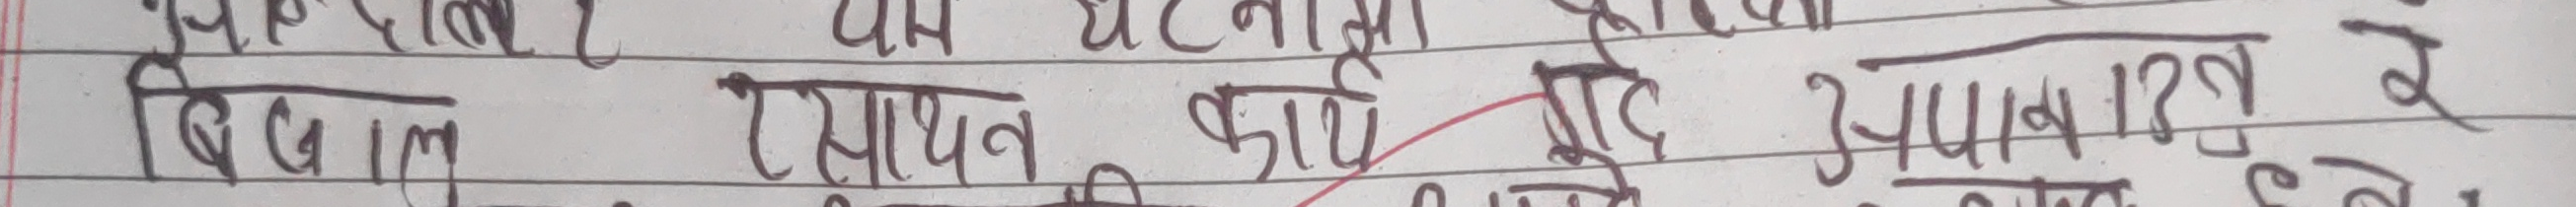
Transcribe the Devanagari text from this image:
बिदाल रामधन काइ मोट उपायन रे